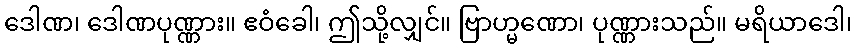
ဒေါဏ၊ ဒေါဏပုဏ္ဏား။ ဧဝံခေါ၊ ဤသို့လျှင်။ ဗြာဟ္မဏော၊ ပုဏ္ဏားသည်။ မရိယာဒေါ၊